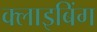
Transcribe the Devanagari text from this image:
क्लाइबिंग